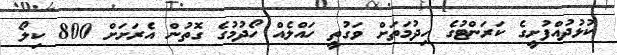
ކުޅުދުއްފުށީގެ ކަރަންޓުގެ ހިދުމަތަށް ވަގުތީ ހައްލެއް ހޯދުމުގެ ގޮތުން އެރަށަށް 800 ކިލޯ